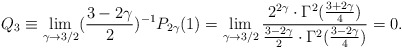
\begin{align*}Q_{3}\equiv\lim\limits_{\gamma\to 3/2}(\frac{3-2\gamma}{2})^{-1}P_{2\gamma}(1)=\lim\limits_{\gamma\to 3/2}\frac{2^{2\gamma}\cdot \Gamma^2(\frac{3+2\gamma}{4})}{\frac{3-2\gamma}{2}\cdot\Gamma^2(\frac{3-2\gamma}{4})}=0.\end{align*}